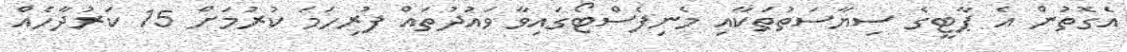
އެގޮތުން އެ ޕާޓީގެ ސިޔާސަތުތަކާއި މެނިފެސްޓޯގައިވާ ވައުދުތައް ފުރިހަމަ ކުރުމަށް 15 ކަރުދާހެއް